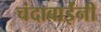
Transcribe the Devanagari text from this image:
चंदाबाईंनी